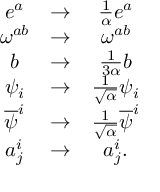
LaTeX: \begin{array} { c c c } { { e ^ { a } } } & { { \rightarrow } } & { { \frac { 1 } { \alpha } e ^ { a } } } \\ { { \omega ^ { a b } } } & { { \rightarrow } } & { { \omega ^ { a b } } } \\ { { b } } & { { \rightarrow } } & { { \frac { 1 } { 3 \alpha } b } } \\ { { \psi _ { i } } } & { { \rightarrow } } & { { \frac { 1 } { \sqrt { \alpha } } \psi _ { i } } } \\ { { \overline { { { \psi } } } ^ { i } } } & { { \rightarrow } } & { { \frac { 1 } { \sqrt { \alpha } } \overline { { { \psi } } } ^ { i } } } \\ { { a _ { j } ^ { i } } } & { { \rightarrow } } & { { a _ { j } ^ { i } . } } \end{array}